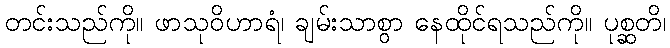
တင်းသည်ကို။ ဖာသုဝိဟာရံ၊ ချမ်းသာစွာ နေထိုင်ရသည်ကို။ ပုစ္ဆတိ၊